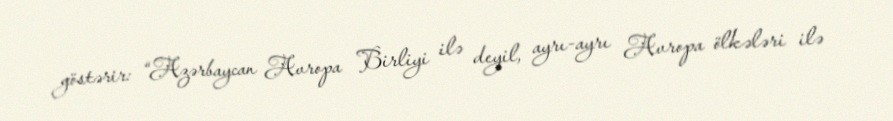
göstərir: “Azərbaycan Avropa Birliyi ilə deyil, ayrı-ayrı Avropa ölkələri ilə